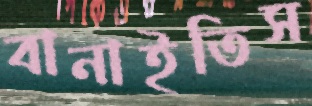
বানাইতিস